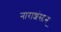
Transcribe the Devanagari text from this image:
नाराशंसान्